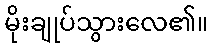
မိုးချုပ်သွားလေ၏။